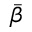
\Bar { \beta }